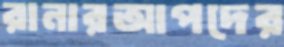
রানারআপদের